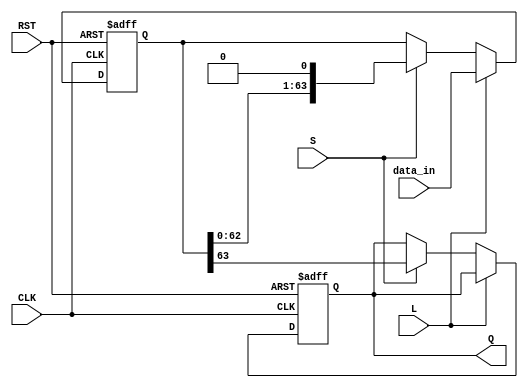
module PISO_64bit (
    input wire [63:0] data_in,   // 64-bit input data
    input wire L,                // Load signal
    input wire S,                // Shift signal
    input wire CLK,              // Clock signal
    input wire RST,              // Reset signal
    output reg Q                 // Serial output
);

    reg [63:0] shift_reg;        // 64-bit shift register

    always @(posedge CLK or posedge RST) begin
        if (RST) begin
            shift_reg <= 64'b0;   // Clear the shift register
            Q <= 1'b0;            // Reset output
        end else begin
            if (L) begin
                shift_reg <= data_in; // Load data into the shift register
            end else if (S) begin
                Q <= shift_reg[63]; // Output the MSB
                shift_reg <= {shift_reg[62:0], 1'b0}; // Shift left
            end
        end
    end

endmodule